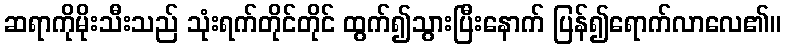
ဆရာကိုမိုးသီးသည် သုံးရက်တိုင်တိုင် ထွက်၍သွားပြီးနောက် ပြန်၍ရောက်လာလေ၏။